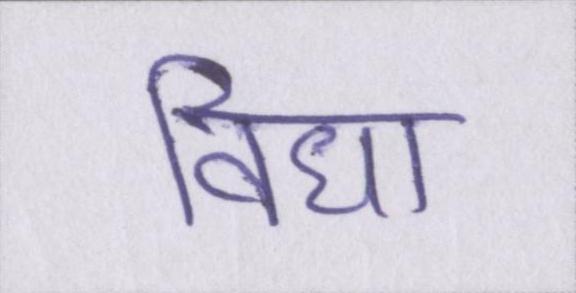
विधा